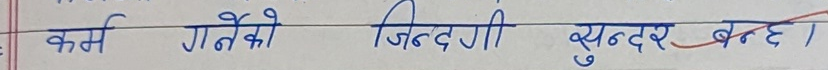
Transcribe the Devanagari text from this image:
कर्म गर्नेको जिन्दगी सुन्दर बन्छ ।